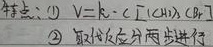
特点：
\textcircled{1} \(v = k\cdot c[(CH_{3})_{3}C - Br]\)
\textcircled{2} 取代反应分两步进行